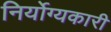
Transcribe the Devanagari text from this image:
निर्योग्यकारी